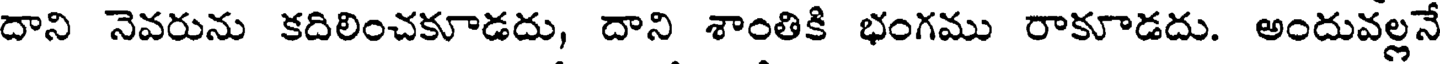
దాని నెవరును కదిలించకూడదు, దాని శాంతికి భంగము రాకూడదు. అందువల్లనే